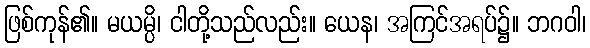
ဖြစ်ကုန်၏။ မယမ္ပိ၊ ငါတို့သည်လည်း။ ယေန၊ အကြင်အရပ်၌။ ဘဂဝါ၊